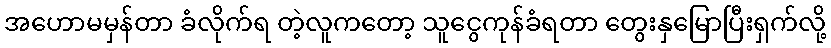
အဟောမမှန်တာ ခံလိုက်ရ တဲ့လူကတော့ သူငွေကုန်ခံရတာ တွေးနှမြောပြီးရှက်လို့